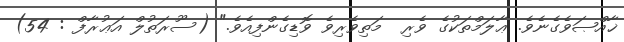
ޚާއްޞަވެގެނެވެ. ޢާލަމްތަކުގެ ވެރި  މަތިވެރިވެ ވޮޑިގެންފިއެވެ." (ސޫރަތުލް އަޢުރާފް : 54)